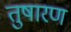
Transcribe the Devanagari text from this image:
तुषारण